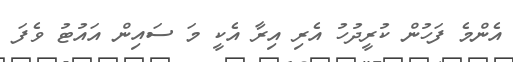
އެންމެ ފަހުން ކުރީދުހު އެރި އިރާ އެކީ މަ ސައިން އައުޓު ވެފަ